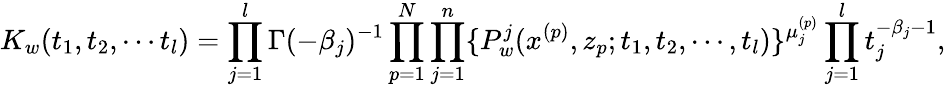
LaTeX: K_{w}(t_{1},t_{2},\cdots t_{l})=\prod_{j=1}^{l}\Gamma(-\beta_{j})^{-1}\prod_{p=1}^{N}\prod_{j=1}^{n}\{ P_{w}^{j}(x^{(p)},z_{p};t_{1},t_{2},\cdots,t_{l})\} ^{\mu_{j}^{(p)}}\prod_{j=1}^{l}t_{j}^{-\beta_{j}-1},